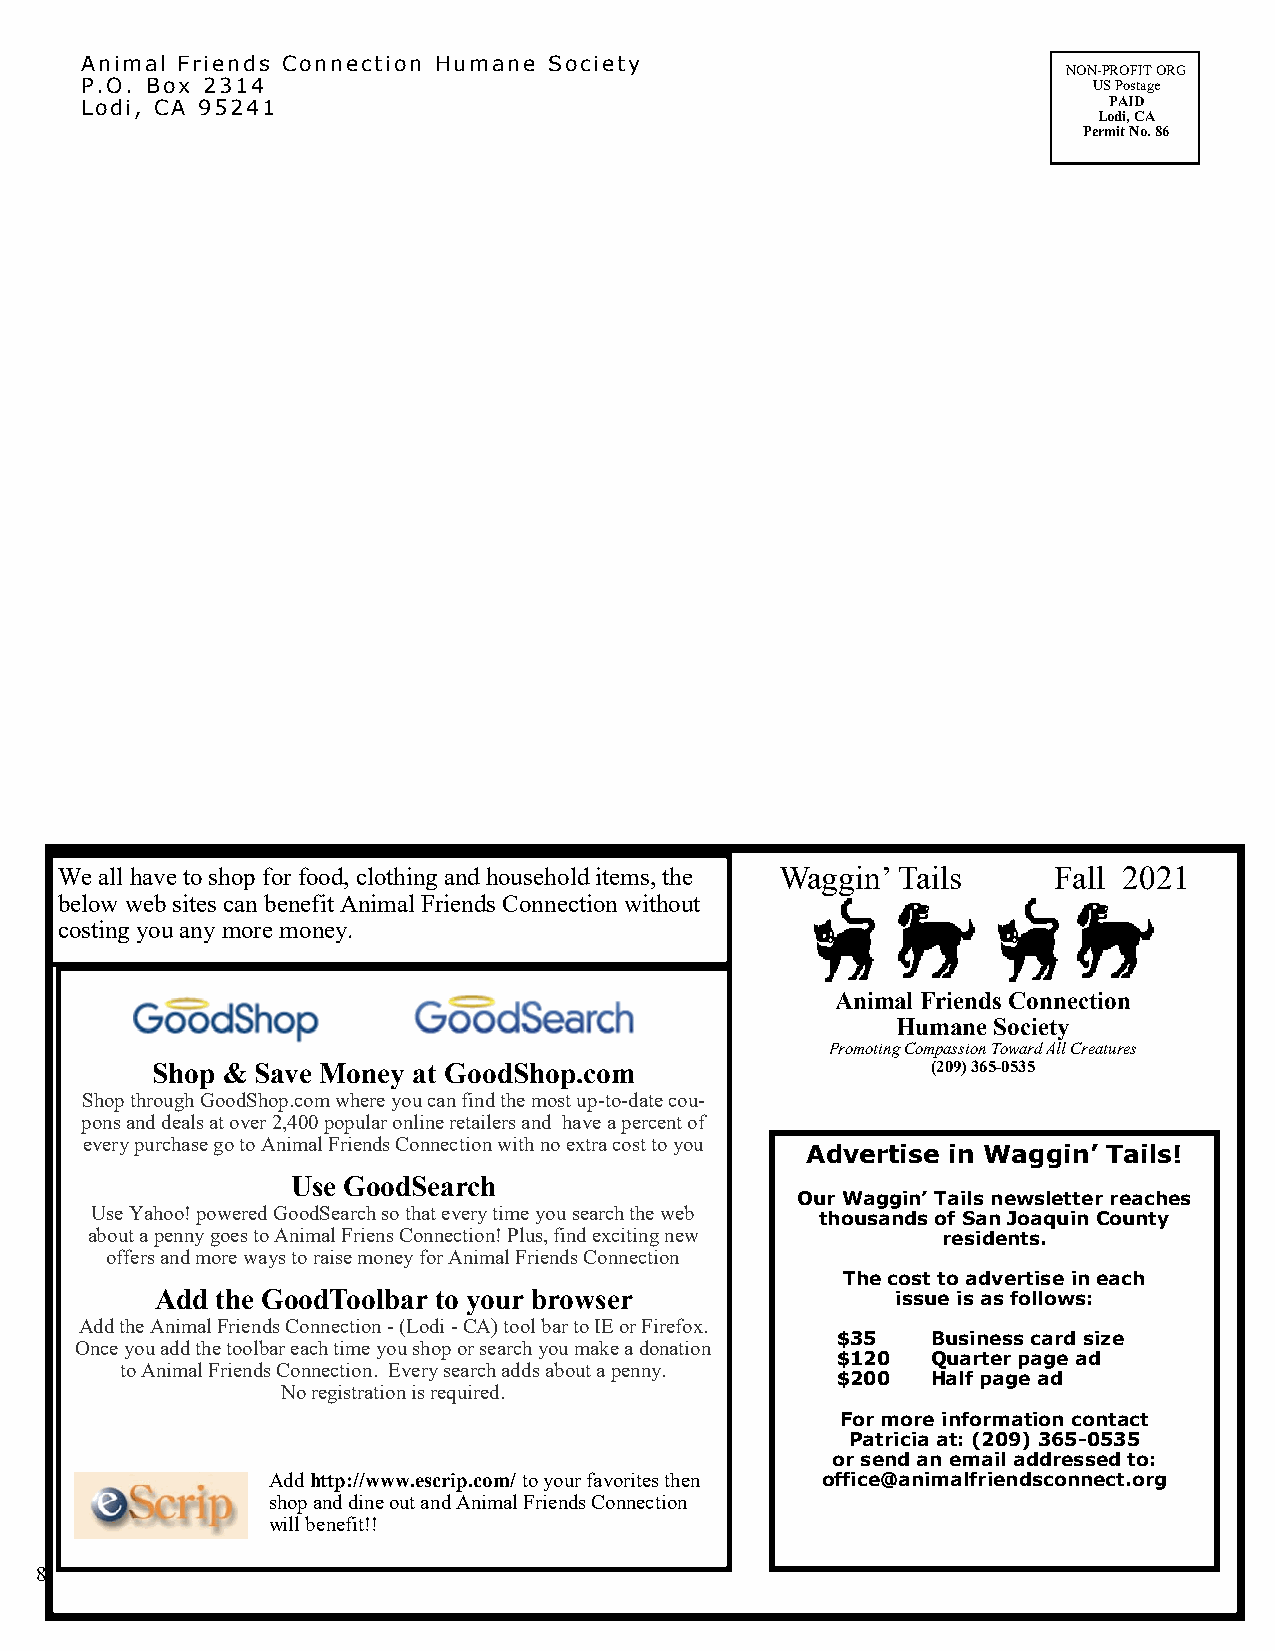
Animal Friends Connection Humane Society
 NON-PROFIT ORG
 P.O. Box 2314                                                      US Postage
 Lodi, CA 95241                                                      PAID
 Lodi, CA
 Permit No. 86
 We all have to shop for food, clothing and household items, the Waggin’ Tails Fall 2021
 below web sites can benefit Animal Friends Connection without
 costing you any more money.
 Animal Friends Connection
 Humane Society
 Promoting Compassion Toward All Creatures
 Shop & Save Money at GoodShop.com                   (209) 365-0535
 Shop through GoodShop.com where you can find the most up-to-date cou-
 pons and deals at over 2,400 popular online retailers and have a percent of
 every purchase go to Animal Friends Connection with no extra cost to you
 Advertise in Waggin’ Tails!
 Use GoodSearch
 Our Waggin’ Tails newsletter reaches
 Use Yahoo! powered GoodSearch so that every time you search the web
 thousands of San Joaquin County
 about a penny goes to Animal Friens Connection! Plus, find exciting new residents.
 offers and more ways to raise money for Animal Friends Connection
 The cost to advertise in each
 Add the GoodToolbar to your browser              issue is as follows:
 Add the Animal Friends Connection - (Lodi - CA) tool bar to IE or Firefox.
 $35    Business card size
 Once you add the toolbar each time you shop or search you make a donation
 $120   Quarter page ad
 to Animal Friends Connection. Every search adds about a penny.
 $200   Half page ad
 No registration is required.
 For more information contact
 Patricia at: (209) 365-0535
 or send an email addressed to:
 Add http://www.escrip.com/ to your favorites then office@animalfriendsconnect.org
 shop and dine out and Animal Friends Connection
 will benefit!!
 8